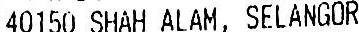
40150 SHAH ALAM, SELANGOR